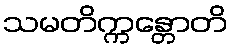
သမတိက္ကန္တောတိ